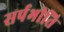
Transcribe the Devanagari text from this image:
सर्पभीति